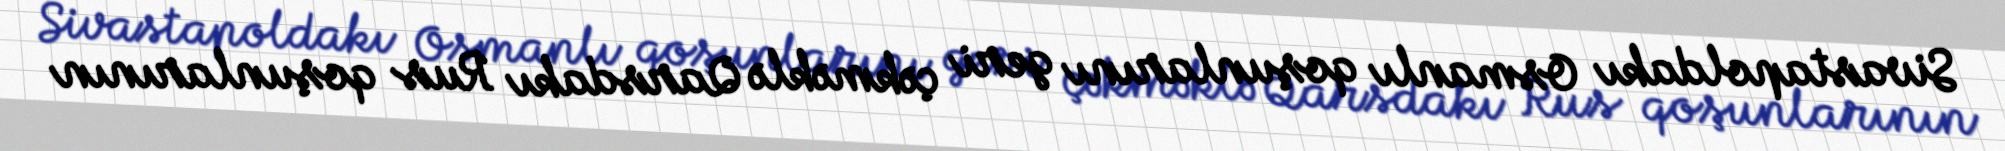
Sivastapoldakı Osmanlı qoşunlarını geri çəkməklə Qarsdakı Rus qoşunlarının